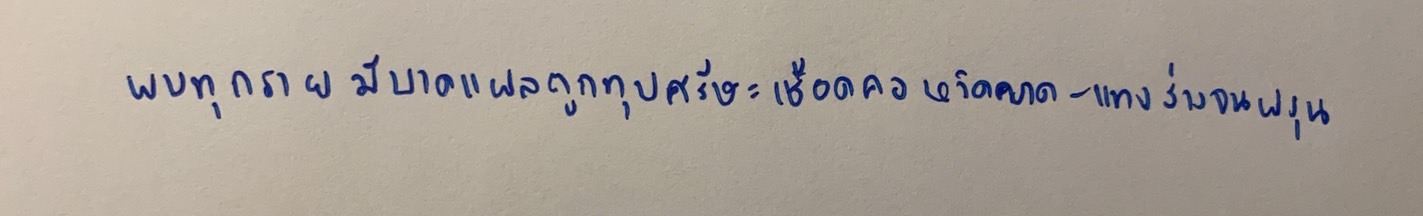
พบทุกรายมีบาดแผลถูกทุบศรีษะเชือดคอหวิดขาด-แทงร่างจนพรุน